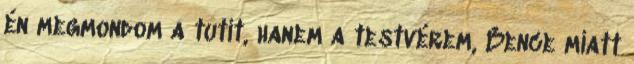
én megmondom a tutit, hanem a testvérem, Bence miatt